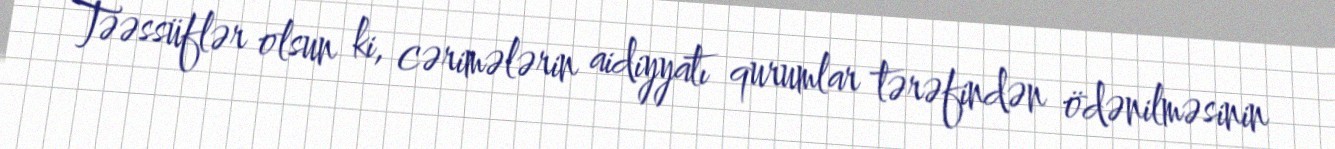
Təəssüflər olsun ki, cərimələrin aidiyyatı qurumlar tərəfindən ödənilməsinin